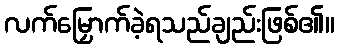
လက်မြှောက်ခဲ့ရသည်ချည်းဖြစ်၏။